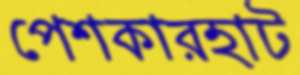
পেশকারহাট